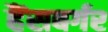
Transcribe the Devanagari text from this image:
हैंसबर्गर